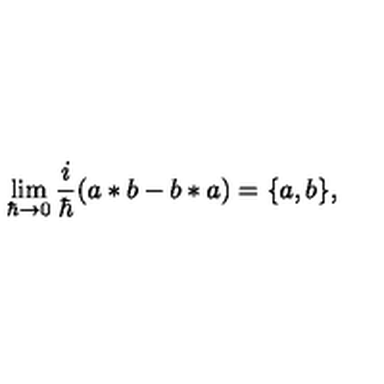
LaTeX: \lim _ { \hbar \rightarrow 0 } \frac i \hbar ( a * b - b * a ) = \{ a , b \} ,